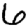
Digit: 6